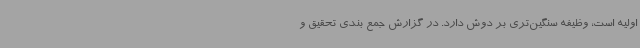
اولیه است، وظیفه سنگین‌تری بر دوش دارد. در گزارش جمع بندی تحقیق و